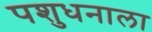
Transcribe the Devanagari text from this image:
पशुधनाला